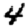
Digit: 4